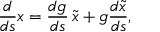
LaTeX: \frac { d } { d s } x = \frac { d g } { d s } \, \widetilde { x } + g \frac { d \widetilde { x } } { d s } ,